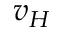
v _ { H }